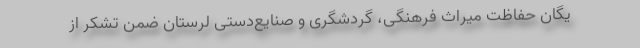
یگان حفاظت میراث فرهنگی، گردشگری و صنایع‌دستی لرستان ضمن تشکر از